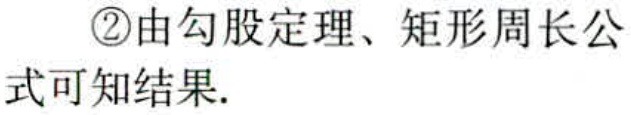
\textcircled{2}由勾股定理、矩形周长公式可知结果.